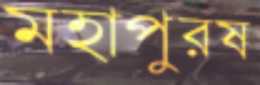
মহাপুরষ